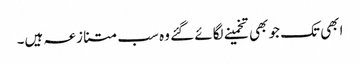
ابھی تک جو بھی تخمینے لگائے گئے وہ سب متنازعہ ہیں۔